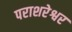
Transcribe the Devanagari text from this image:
पराशरेश्वर